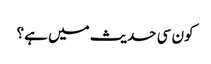
کون سی حدیث میں ہے؟